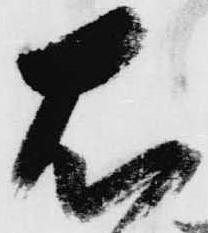
右